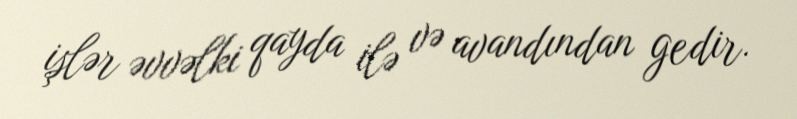
işlər əvvəlki qayda ilə və avandından gedir.